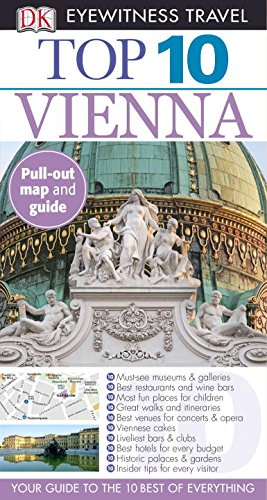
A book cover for Top 10 Vienna (EYEWITNESS TOP 10 TRAVEL GUIDE); DK PUBLISHING; Travel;